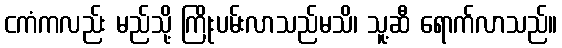
ငကံကလည်း မည်သို့ ကြိုးပမ်းလာသည်မသိ၊ သူ့ဆီ ရောက်လာသည်။